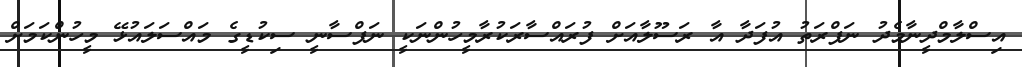
އިސްލާމްދީނާމެދު ނަފްރަތު އުފަދާ އާ ރަސޫލާއަށް ފުރައްސާރަކުރާމީހުންނަކީ ނަފްސާނީ ސިކުޑީގެ މައްސަލައުޅޭ މީހުންކަމަށް